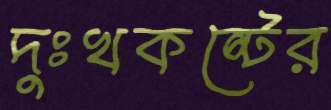
দুঃখকষ্টের